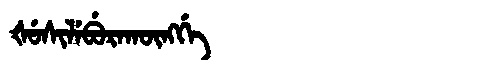
Manchu: ᡧᡠᠰᡳᠯᡝᠪᡠᡵᠠᡴᡡᠩᡤᡝ
Romanization: ŠUSILEBURAKŪNGGE